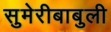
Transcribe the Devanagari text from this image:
सुमेरीबाबुली